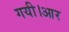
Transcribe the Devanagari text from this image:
गयी।आर